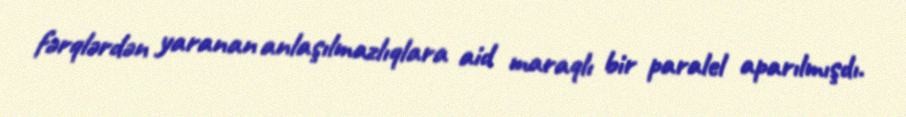
fərqlərdən yaranan anlaşılmazlıqlara aid maraqlı bir paralel aparılmışdı.